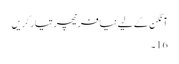
آنگن کے لیے نیا فرنیچر تیار کریں
16۔